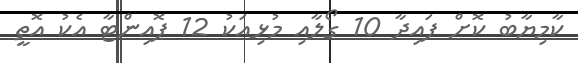
ކާމިޔާބު ކޮށް ފައިދާ 10 ގޯލާއި މުޅިއަކު 12 ޕޮއިންޓާ އެކު އޮތީ